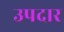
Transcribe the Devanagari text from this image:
उपदार